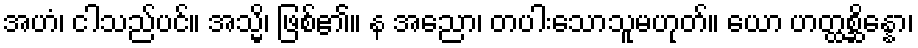
အဟံ၊ ငါသည်ပင်။ အသ္မိ၊ ဖြစ်၏။ န အညော၊ တပါးသောသူမဟုတ်။ ယော ဟတ္ထစ္ဆိန္နော၊